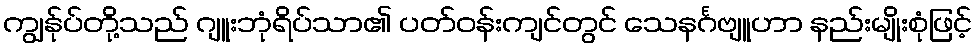
ကျွန်ုပ်တို့သည် ဂျူးဘုံရိပ်သာ၏ ပတ်ဝန်းကျင်တွင် သေနင်္ဂဗျူဟာ နည်းမျိုးစုံဖြင့်